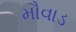
મૌવાડ